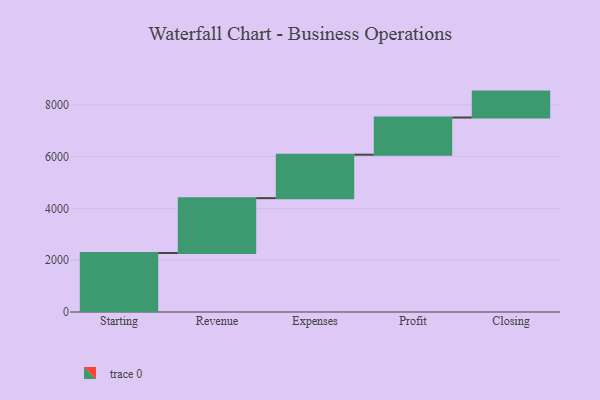
{"axis": {"x": "Step", "y": "Value"}, "legend": [""], "data": [{"x": "Starting", "y": 2277.0, "type": ""}, {"x": "Revenue", "y": 2118.0, "type": ""}, {"x": "Expenses", "y": 1677.0, "type": ""}, {"x": "Profit", "y": 1436.0, "type": ""}, {"x": "Closing", "y": 1000, "type": ""}]}